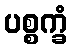
ပစ္စက္ခံ